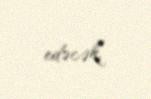
edəcək.